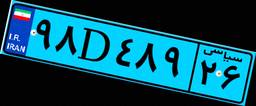
۶۴D۹۵۵۵۶